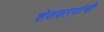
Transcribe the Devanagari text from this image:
शेतकऱयांची